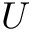
U